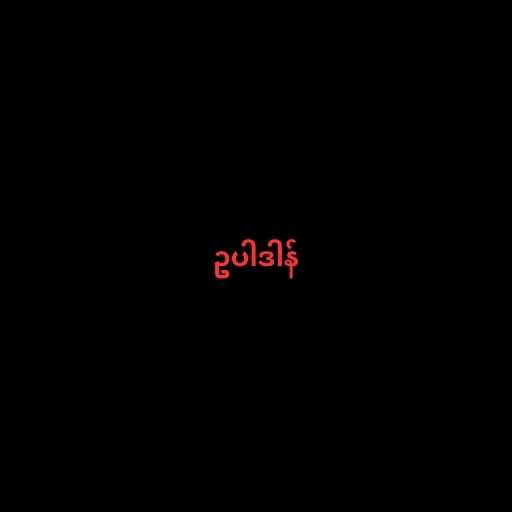
ဥပါဒါန်